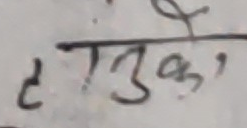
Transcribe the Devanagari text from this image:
हतुको,